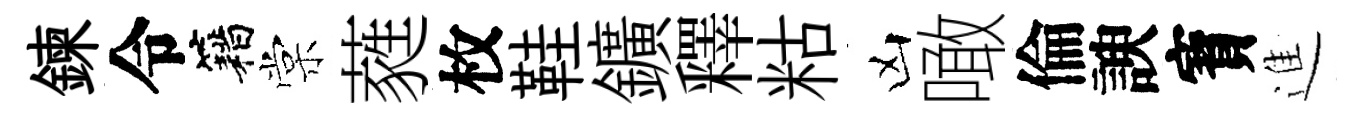
鍊令籍棠蕤枚鞋鑛釋䊀凶噉倫諛寳進